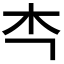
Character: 𭩘